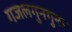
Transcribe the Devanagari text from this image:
गजलगुनगुना